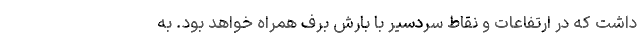
داشت که در ارتفاعات و نقاط سردسیر با بارش برف همراه خواهد بود. به